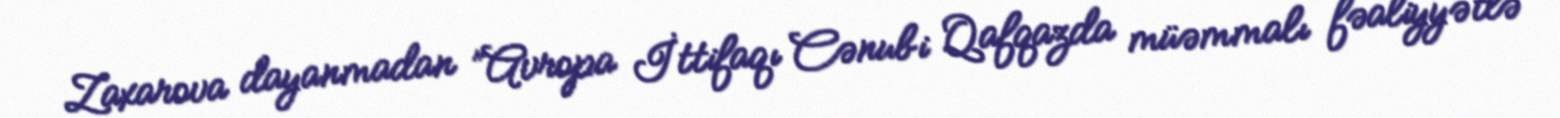
Zaxarova dayanmadan ”Avropa İttifaqı Cənubi Qafqazda müəmmalı fəaliyyətlə